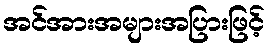
အင်အားအများအပြားဖြင့်